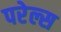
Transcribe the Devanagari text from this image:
परेल्स